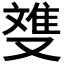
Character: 﨎